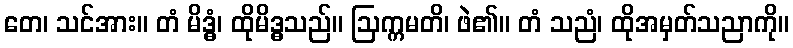
တေ၊ သင်အား။ တံ မိဒ္ဓံ၊ ထိုမိဒ္ဓသည်။ ဩက္ကမတိ၊ ဖဲ၏။ တံ သညံ၊ ထိုအမှတ်သညာကို။